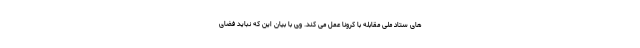
های ستاد ملی مقابله با کرونا عمل می کند. وی با بیان این که نباید فضای